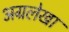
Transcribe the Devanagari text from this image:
अग्रलेखा